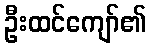
ဦးထင်ကျော်၏